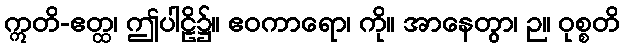
ဣတိ-ဧတ္ထ၊ ဤပါဠိ၌။ ဧဝကာရော၊ ကို။ အာနေတွာ၊ ဉ။ ဝုစ္စတိ